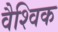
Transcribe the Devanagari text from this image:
वैश्‍िवक